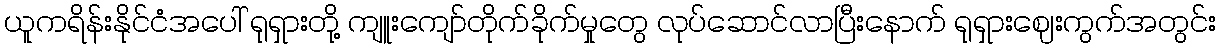
ယူကရိန်းနိုင်ငံအပေါ် ရုရှားတို့ ကျူးကျော်တိုက်ခိုက်မှုတွေ လုပ်ဆောင်လာပြီးနောက် ရုရှားဈေးကွက်အတွင်း